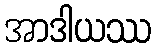
အာဒါယဿ